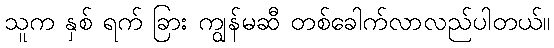
သူက နှစ် ရက် ခြား ကျွန်မဆီ တစ်ခေါက်လာလည်ပါတယ်။